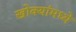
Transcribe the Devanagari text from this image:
खोक्यांमध्ये